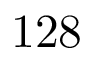
1 2 8